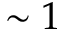
\sim 1